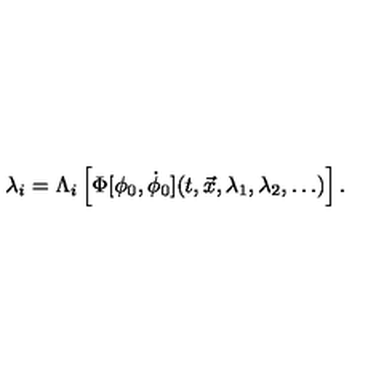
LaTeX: \lambda _ { i } = \Lambda _ { i } \left[ \Phi [ \phi _ { 0 } , \dot { \phi } _ { 0 } ] ( t , { \vec { x } } , \lambda _ { 1 } , \lambda _ { 2 } , \dots ) \right] .